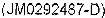
(JM0292487-D)